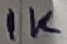
Text: 1K